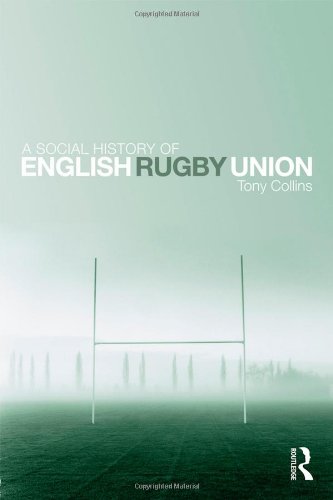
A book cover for A Social History of English Rugby Union; Tony Collins; Sports & Outdoors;